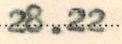
28.22